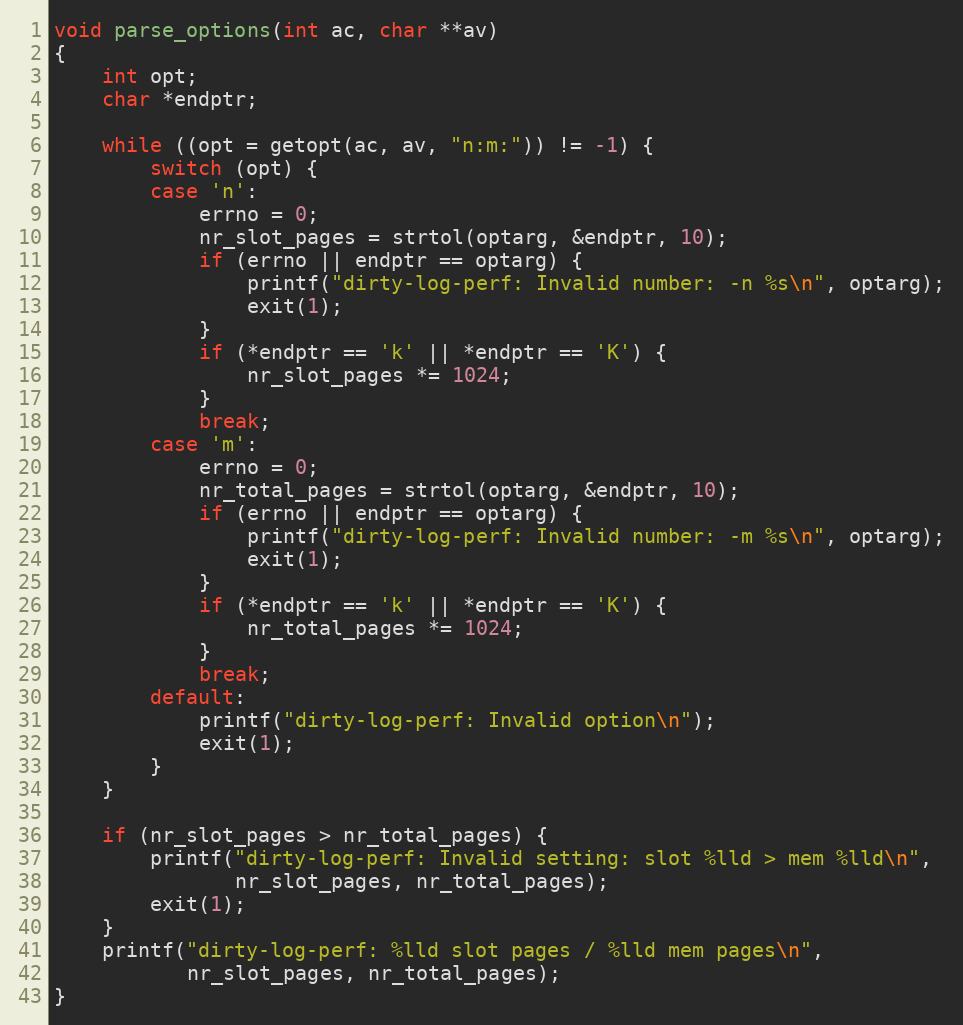
Language: C++
void parse_options(int ac, char **av)
{
    int opt;
    char *endptr;

    while ((opt = getopt(ac, av, "n:m:")) != -1) {
        switch (opt) {
        case 'n':
            errno = 0;
            nr_slot_pages = strtol(optarg, &endptr, 10);
            if (errno || endptr == optarg) {
                printf("dirty-log-perf: Invalid number: -n %s\n", optarg);
                exit(1);
            }
            if (*endptr == 'k' || *endptr == 'K') {
                nr_slot_pages *= 1024;
            }
            break;
        case 'm':
            errno = 0;
            nr_total_pages = strtol(optarg, &endptr, 10);
            if (errno || endptr == optarg) {
                printf("dirty-log-perf: Invalid number: -m %s\n", optarg);
                exit(1);
            }
            if (*endptr == 'k' || *endptr == 'K') {
                nr_total_pages *= 1024;
            }
            break;
        default:
            printf("dirty-log-perf: Invalid option\n");
            exit(1);
        }
    }

    if (nr_slot_pages > nr_total_pages) {
        printf("dirty-log-perf: Invalid setting: slot %lld > mem %lld\n",
               nr_slot_pages, nr_total_pages);
        exit(1);
    }
    printf("dirty-log-perf: %lld slot pages / %lld mem pages\n",
           nr_slot_pages, nr_total_pages);
}